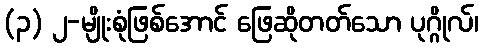
(၃) ၂-မျိုးစုံဖြစ်အောင် ဖြေဆိုတတ်သော ပုဂ္ဂိုလ်၊